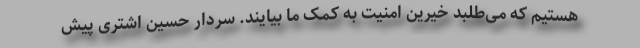
هستیم که می‌طلبد خیرین امنیت به کمک ما بیایند. سردار حسین اشتری پیش